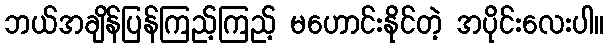
ဘယ်အချိန်ပြန်ကြည့်ကြည့် မဟောင်းနိုင်တဲ့ အပိုင်းလေးပါ။